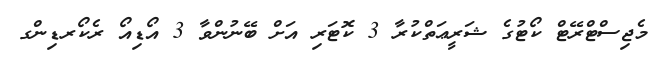
މެޖިސްޓްރޭޓް ކޯޓުގެ ޝަރީޢަތްކުރާ 3 ކޮޓަރި އަށް ބޭނުންވާ 3 އޯޑިއޯ ރެކޯރޑިންގ